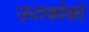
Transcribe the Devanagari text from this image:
ऊतकोंको